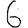
Digit: 6